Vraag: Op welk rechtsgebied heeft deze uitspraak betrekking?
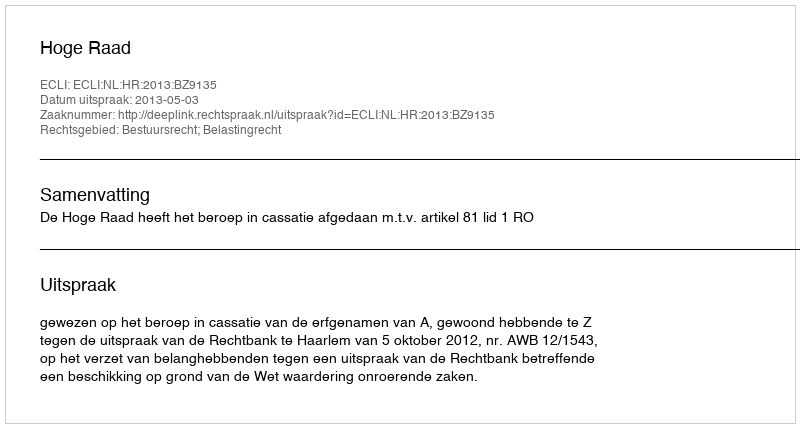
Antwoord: Bestuursrecht; Belastingrecht